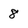
Character: 8